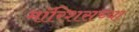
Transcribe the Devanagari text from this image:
मॉरिशसच्या